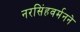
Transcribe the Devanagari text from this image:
नरसिंहवर्मनने